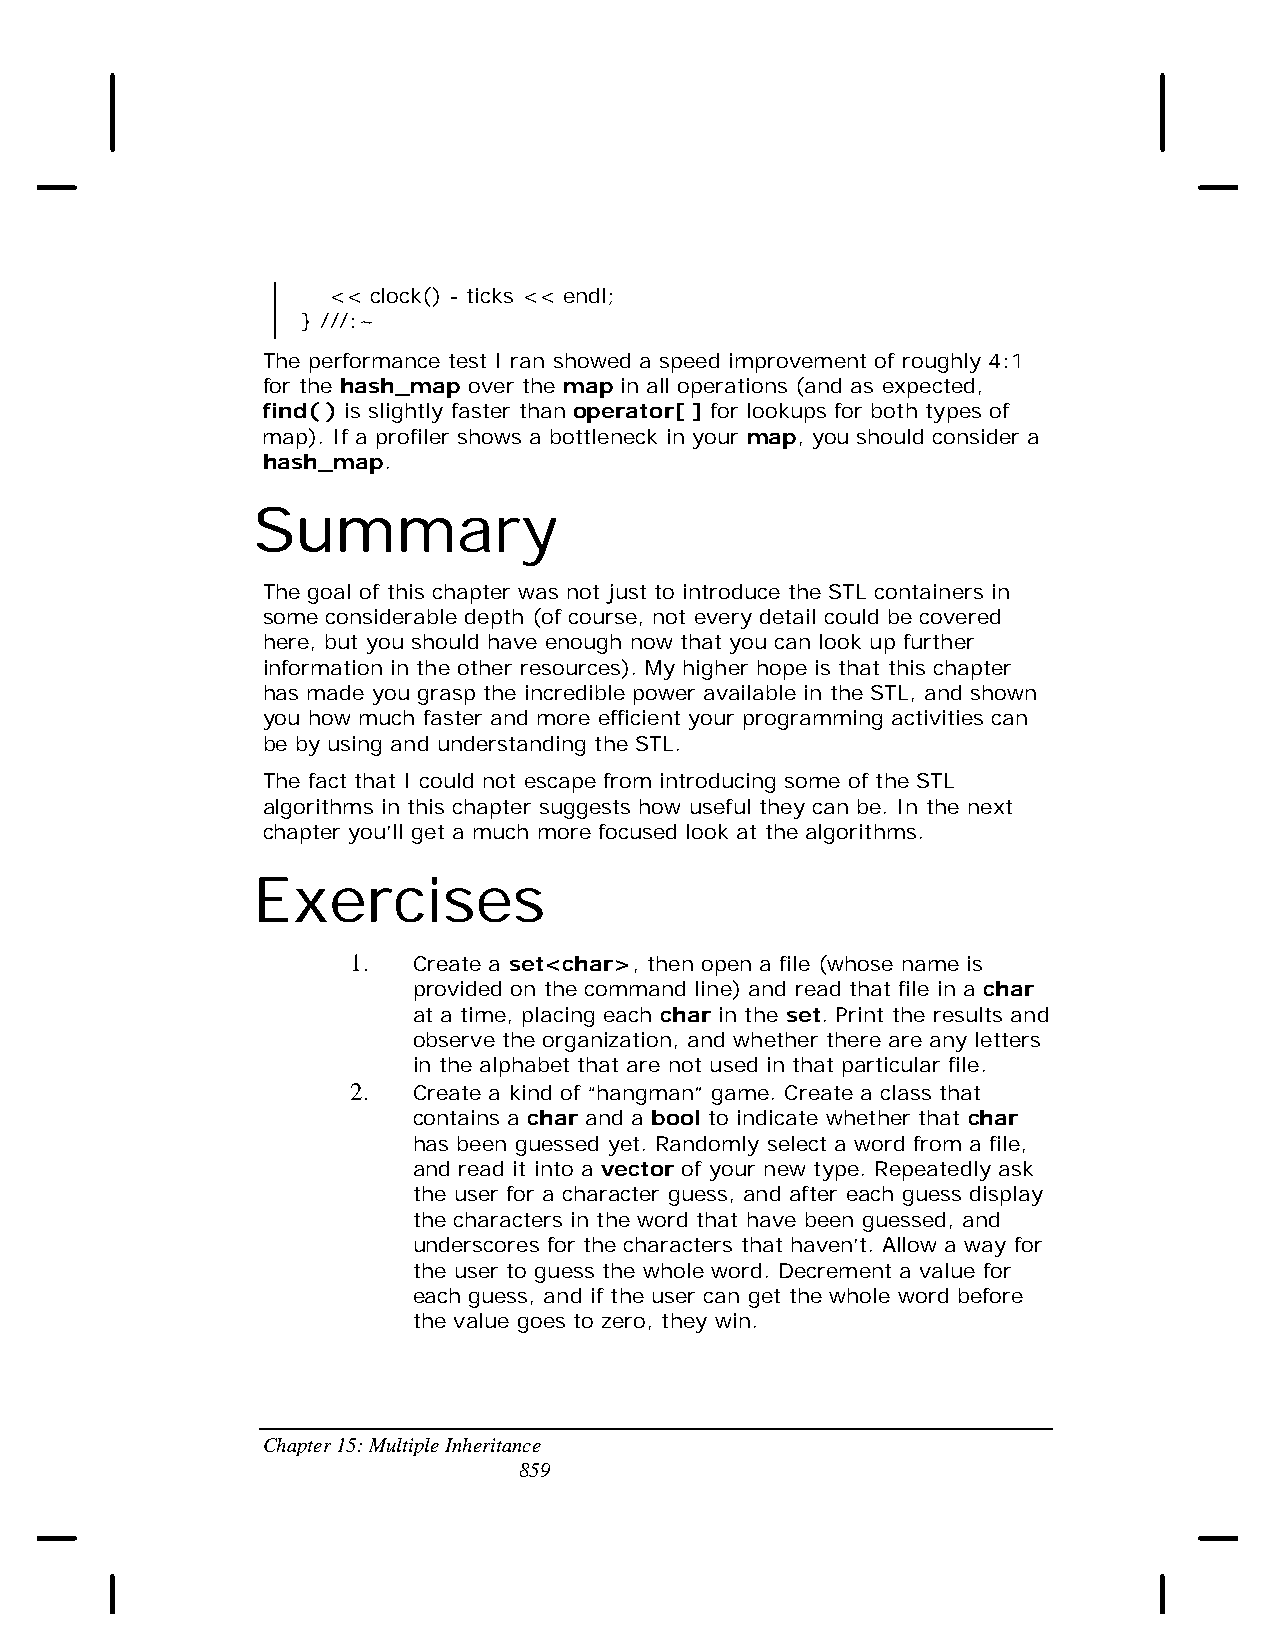
<< clock() - ticks << endl;
 } ///:~
 The performance test I ran showed a speed improvement of roughly 4:1
 for the hash_map over the map in all operations (and as expected,
 find( ) is slightly faster than operator[ ] for lookups for both types of
 map). If a profiler shows a bottleneck in your map, you should consider a
 hash_map.
 Summary
 The goal of this chapter was not just to introduce the STL containers in
 some considerable depth (of course, not every detail could be covered
 here, but you should have enough now that you can look up further
 information in the other resources). My higher hope is that this chapter
 has made you grasp the incredible power available in the STL, and shown
 you how much faster and more efficient your programming activities can
 be by using and understanding the STL.
 The fact that I could not escape from introducing some of the STL
 algorithms in this chapter suggests how useful they can be. In the next
 chapter you’ll get a much more focused look at the algorithms.
 Exercises
 1.  Create a set<char>, then open a file (whose name is
 provided on the command line) and read that file in a char
 at a time, placing each char in the set. Print the results and
 observe the organization, and whether there are any letters
 in the alphabet that are not used in that particular file.
 2.  Create a kind of “hangman” game. Create a class that
 contains a char and a bool to indicate whether that char
 has been guessed yet. Randomly select a word from a file,
 and read it into a vector of your new type. Repeatedly ask
 the user for a character guess, and after each guess display
 the characters in the word that have been guessed, and
 underscores for the characters that haven’t. Allow a way for
 the user to guess the whole word. Decrement a value for
 each guess, and if the user can get the whole word before
 the value goes to zero, they win.
 Chapter 15: Multiple Inheritance
 859